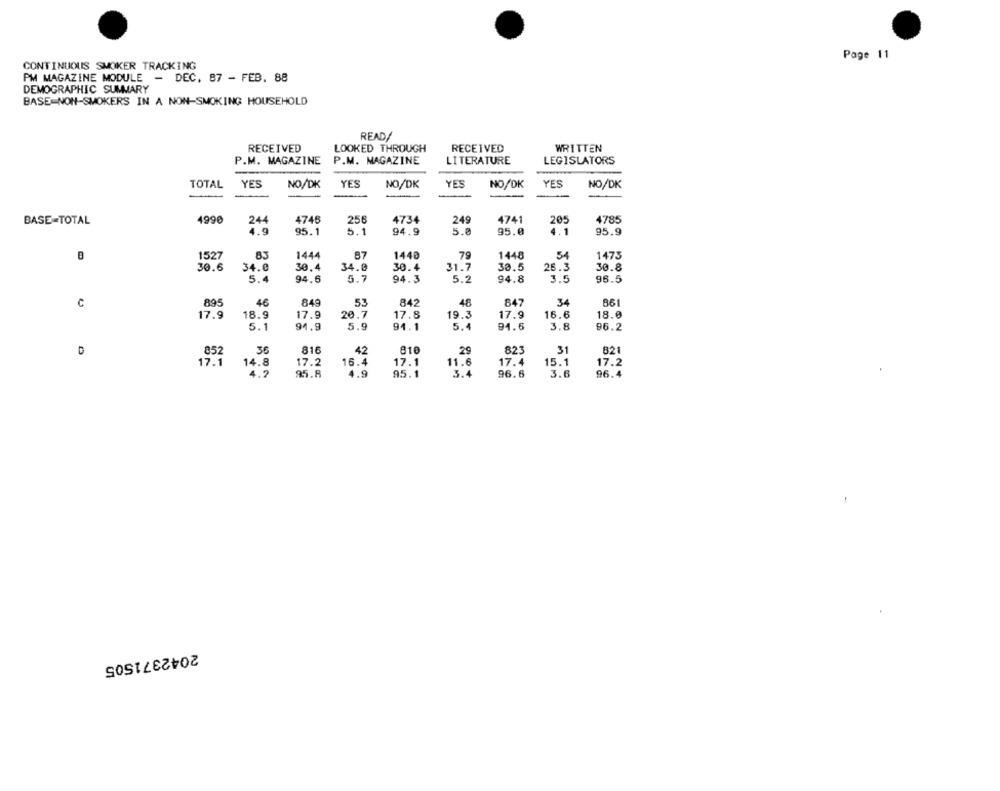
Page 11
CONTINUOUS SMOKER TRACKING
PM MAGAZINE MODULE -
DEC, 87 - FEB. 88
DEMOGRAPHIC SUMMARY
BASE NON-SMOKERS IN A NON-SMOKING HOUSEHOLD
READ/
RECEIVED
LOOKED THROUGH
RECEIVED
WRITTEN
P.M. MAGAZINE
P.M. MAGAZINE
LITERATURE
LEGISLATORS
TOTAL
YES
NO/DK
YES
NO/DK
YES
NO/DK
YES
NO/DK
BASE-TOTAL
4990
244
4746
256
4734
249
4741
205
4785
4.9
5.1
95.1
94.9
5.0
95.0
4.1
95.9
1527
87
1440
1444
79
1448
54
1475
30.6
34.0
30,4
34.0
30.4
31.7
30.5
26.3
30.8
5.4
94.6
5.7
94.3
5.2
94.8
3.5
96.5
895
46
849
53
48
847
34
861
c
842
17.9
18.9
17.9
20.7
17.8
19.3
17.9
16.6
18.0
5.1
94.9
5.9
94.1
5.4
94.5
3.8
96.2
852
810
29
31
821
0
36
816
42
823
17.1
14.8
17.2
16.4
17.1
11.6
17.4
15.1
17.2
3.6
4.2
95.8
4.9
95.1
3.4
96.6
96.4
2042371505